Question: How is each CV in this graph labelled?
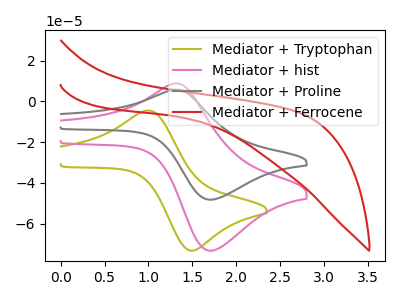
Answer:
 <answer>The olive curve is labeled "Mediator + Tryptophan". The pink curve is labeled "Mediator + hist". The gray curve is labeled "Mediator + Proline". The red curve is labeled "Mediator + Ferrocene".</answer>
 <eval></eval>